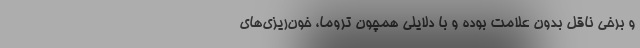
و برخی ناقل بدون علامت بوده و با دلایلی همچون تروما، خون‌ریزی‌های